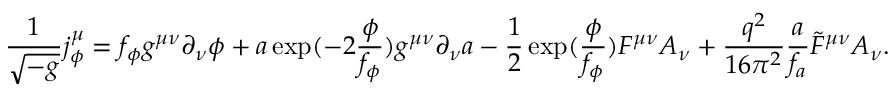
\frac { 1 } { \sqrt { - g } } j _ { \phi } ^ { \mu } = f _ { \phi } g ^ { \mu \nu } \partial _ { \nu } \phi + a \exp ( - 2 \frac { \phi } { f _ { \phi } } ) g ^ { \mu \nu } \partial _ { \nu } a - \frac { 1 } { 2 } \exp ( \frac { \phi } { f _ { \phi } } ) F ^ { \mu \nu } A _ { \nu } + \frac { q ^ { 2 } } { 1 6 \pi ^ { 2 } } \frac { a } { f _ { a } } \tilde { F } ^ { \mu \nu } A _ { \nu } .